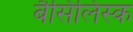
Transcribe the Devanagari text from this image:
बैसिलिस्क